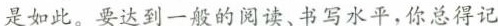
是如此。要达到一般的阅读、书写水平，你总得记